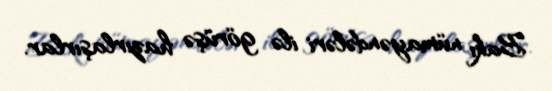
Bakı nümayəndələri ilə görüşə hazırlaşırlar.